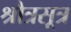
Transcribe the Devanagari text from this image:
श्रौत्रसूत्र